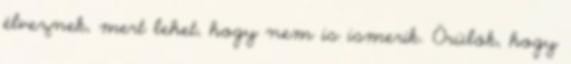
élveznek, mert lehet, hogy nem is ismerik. Örülök, hogy